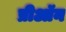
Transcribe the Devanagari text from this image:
प्रीऑन